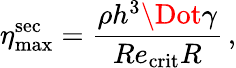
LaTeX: \eta_{\mathrm{max}}^{\mathrm{sec}}=\frac{\rho h^{3}\Dot{\gamma}}{Re_{\mathrm{crit}}R}\, ,